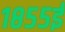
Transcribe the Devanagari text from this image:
१८५५ई